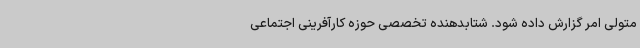
متولی امر گزارش داده شود. شتابدهنده تخصصی حوزه کارآفرینی اجتماعی